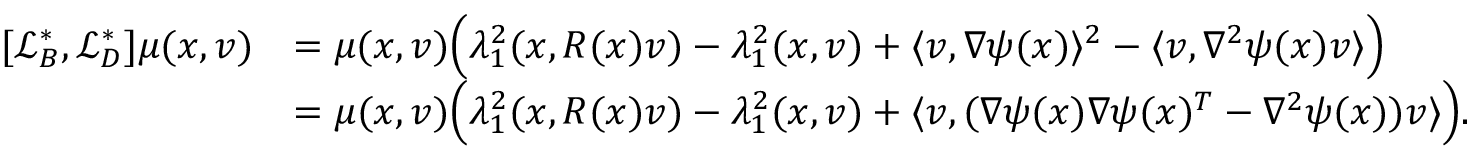
\begin{array} { r l } { [ \mathcal { L } _ { B } ^ { * } , \mathcal { L } _ { D } ^ { * } ] \mu ( x , v ) } & { = \mu ( x , v ) \Big ( \lambda _ { 1 } ^ { 2 } ( x , R ( x ) v ) - \lambda _ { 1 } ^ { 2 } ( x , v ) + \langle v , \nabla \psi ( x ) \rangle ^ { 2 } - \langle v , \nabla ^ { 2 } \psi ( x ) v \rangle \Big ) } \\ & { = \mu ( x , v ) \Big ( \lambda _ { 1 } ^ { 2 } ( x , R ( x ) v ) - \lambda _ { 1 } ^ { 2 } ( x , v ) + \langle v , ( \nabla \psi ( x ) \nabla \psi ( x ) ^ { T } - \nabla ^ { 2 } \psi ( x ) ) v \rangle \Big ) . } \end{array}